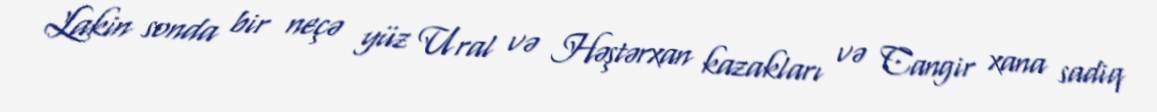
Lakin sonda bir neçə yüz Ural və Həştərxan kazakları və Cangir xana sadiq